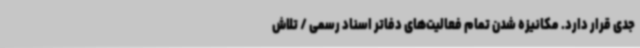
جدی قرار دارد. مکانیزه شدن تمام فعالیت‌های دفاتر اسناد رسمی / تلاش